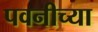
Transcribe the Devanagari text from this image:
पवनीच्या